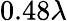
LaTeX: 0.48\lambda